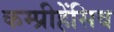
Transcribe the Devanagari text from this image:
कम्प्रीहेंसिव